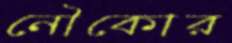
নৌকোর